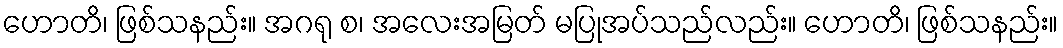
ဟောတိ၊ ဖြစ်သနည်း။ အဂရု စ၊ အလေးအမြတ် မပြုအပ်သည်လည်း။ ဟောတိ၊ ဖြစ်သနည်း။